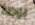
بوصة